Proceedings of the meeting of veterinary officers in India
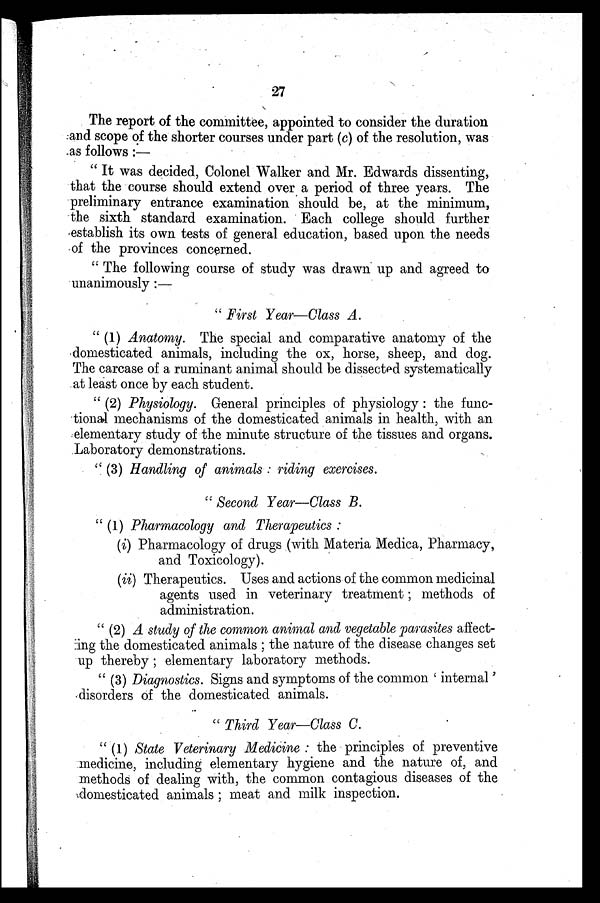
27
The report of the committee, appointed to consider the duration
and scope of the shorter courses under part (c) of the resolution, was
as follows:—
"It was decided, Colonel Walker and Mr. Edwards dissenting,
that the course should extend over a period of three years. The
preliminary entrance examination should be, at the minimum,
the sixth standard examination. Each college should further
establish its own tests of general education, based upon the needs
of the provinces concerned.
"The following course of study was drawn up and agreed to
unanimously:—
"First Year—Class A.
"(1) Anatomy. The special and comparative anatomy of the
domesticated animals, including the ox, horse, sheep, and dog.
The carcase of a ruminant animal should be dissected systematically
at least once by each student.
"(2) Physiology. General principles of physiology: the func-
tional mechanisms of the domesticated animals in health, with an
elementary study of the minute structure of the tissues and organs.
Laboratory demonstrations.
"(3) Handling of animals: riding exercises.
"Second Year—Class B.
"(1) Pharmacology and Therapeutics:
(i) Pharmacology of drugs (with Materia Medica, Pharmacy,
and Toxicology).
(ii) Therapeutics. Uses and actions of the common medicinal
agents used in veterinary treatment; methods of
administration.
"(2) A study of the common animal and vegetable parasites affect-
ing the domesticated animals; the nature of the disease changes set
up thereby; elementary laboratory methods.
"(3) Diagnostics. Signs and symptoms of the common 'internal'
disorders of the domesticated animals.
"Third Year—Class C.
"(1) State Veterinary Medicine: the principles of preventive
medicine, including elementary hygiene and the nature of, and
methods of dealing with, the common contagious diseases of the
domesticated animals; meat and milk inspection.